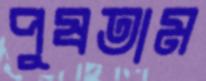
পুষতাম